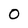
Character: O